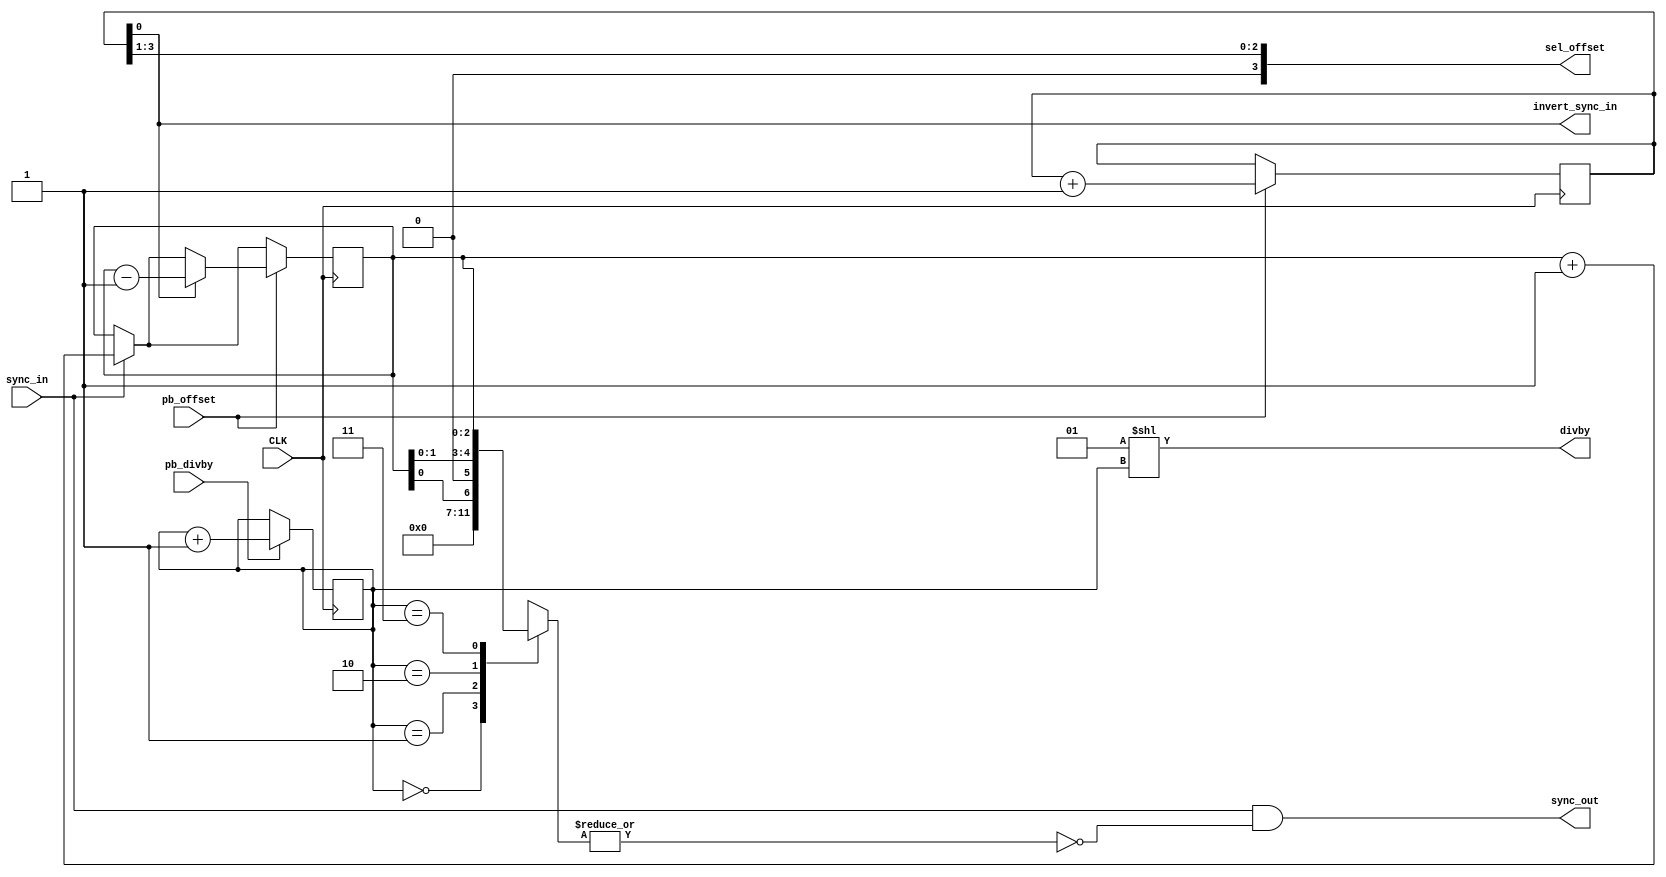
`timescale 1ns / 1ps
//////////////////////////////////////////////////////////////////////////////////
// Company: Helsinki Hacklab
// 
// Design Name: 
// Module Name:    syncdivider 
// Project Name: 
// Target Devices: 
// Tool versions: 
// Description: Divides the incoming sync_in signal with user-settable
//              divider (either 1, 2, 4 or 8), and allows the user
//              also set the offset (from 0 to 8, used modulo divider).
//
// Dependencies: 
//
// Revision: 
// Revision 0.01 - File Created
//
// Revision 0.02 - (2012-10-20): Added invert_sync_in possibility. Also available as an output-wire.
// Additional Comments: 
//
//////////////////////////////////////////////////////////////////////////////////
module syncdivider(
    input CLK,
    input sync_in,   // Input sync signal, should stay up exactly one cycle.
    output sync_out, // Divided output sync signal, will stay up exactly one cycle.
    input pb_divby, // Preferably debounced, staying up exactly one FPGA-cycle.
    input pb_offset, // As well.
    output [3:0] divby, // For displaying on 7-SEG display.
    output [3:0] sel_offset, // As well.
    output invert_sync_in
    );

function [7:0] rol8bits;
  input [7:0] b;
  rol8bits = {b[6],b[5],b[4],b[3],b[2],b[1],b[0]};
endfunction

function [2:0] choose_n_lsbs;
  input [2:0] b;
  input [1:0] n;
  begin
   case(n)
    2'b00: choose_n_lsbs = {3'b000};
    2'b01: choose_n_lsbs = {2'b00,b[0]};
    2'b10: choose_n_lsbs = {1'b0,b[1:0]};
    2'b11: choose_n_lsbs = b[2:0];
   endcase
  end
endfunction

// if everynth = 00 --> take every sync
//             = 01 --> take every 2nd sync
//             = 10 --> take every 4th sync
//             = 11 --> take every 8th sync


reg [1:0] everynth = 2'b00;
reg [2:0] isyncs_since_last_osync = 3'b000;

reg [3:0] offset_and_invert_flag = 4'b0000;

assign invert_sync_in = offset_and_invert_flag[0];
wire [2:0] offset = offset_and_invert_flag[3:1];

wire sync_now = sync_in; // (sync_in ^ invert_sync_in);

assign divby = (1 << everynth);
assign sel_offset = offset;
// Too hard for Verilog:
// assign sync_out = (sync_now & ~|isyncs_since_last_osync[everynth:0]);

assign sync_out = (sync_now & (~|choose_n_lsbs(isyncs_since_last_osync,everynth)));

always @(posedge CLK)
  begin
   if(sync_now) isyncs_since_last_osync <= isyncs_since_last_osync+1;

   if(pb_divby)  everynth <= everynth+1; // Toggle frequency from 1/1 to 1/8.
   if(pb_offset) // Toggle invert_sync_in and increase offset circularly from 0 to 7.
    begin
     offset_and_invert_flag <= offset_and_invert_flag+1;
     if(invert_sync_in) isyncs_since_last_osync <= isyncs_since_last_osync-1;
    end
  end

endmodule